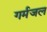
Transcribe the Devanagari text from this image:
गर्मजल